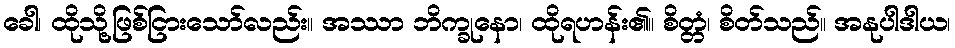
ခေါ၊ ထိုသို့ဖြစ်ငြားသော်လည်း။ အဿာ ဘိက္ခုနော၊ ထိုရဟန်း၏။ စိတ္တံ၊ စိတ်သည်။ အနုပါဒါယ၊